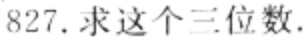
827.求这个三位数.